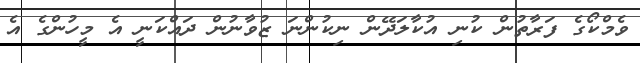
ވެމްކޯގެ ފަރާތުން ކުނި އުކާލަދޭން ނިކުންނަ ޒުވާނުން ދައްކަނީ އެ މީހުންގެ އެ